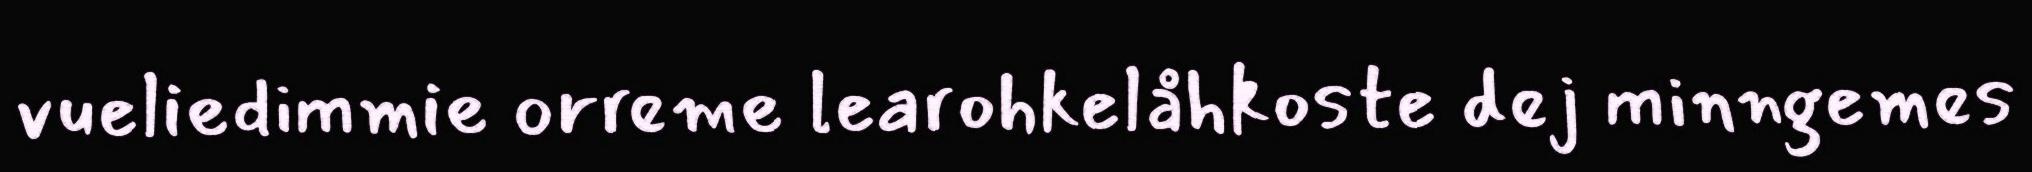
vueliedimmie orreme learohkelåhkoste dej minngemes